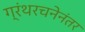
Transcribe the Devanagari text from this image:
ग्रंथरचनेनंतर